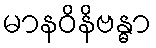
မာနဝိနိဗန္ဓာ